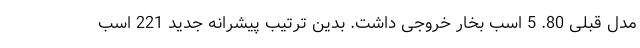
مدل قبلی 80. 5 اسب بخار خروجی داشت. بدین ترتیب پیشرانه جدید 221 اسب